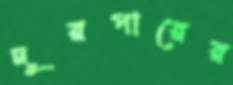
দূরপারের